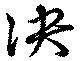
决